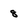
Character: 8